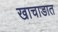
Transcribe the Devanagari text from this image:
खाचाडात